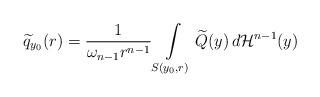
LaTeX: \begin{align*}\widetilde{q}_{y_0}(r)=\frac{1}{\omega_{n-1}r^{n-1}}\int\limits_{S(y_0,r)}\widetilde{Q}(y)\,d\mathcal{H}^{n-1}(y)\end{align*}